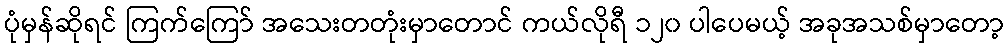
ပုံမှန်ဆိုရင် ကြက်ကြော် အသေးတတုံးမှာတောင် ကယ်လိုရီ ၁၂၀ ပါပေမယ့် အခုအသစ်မှာတော့